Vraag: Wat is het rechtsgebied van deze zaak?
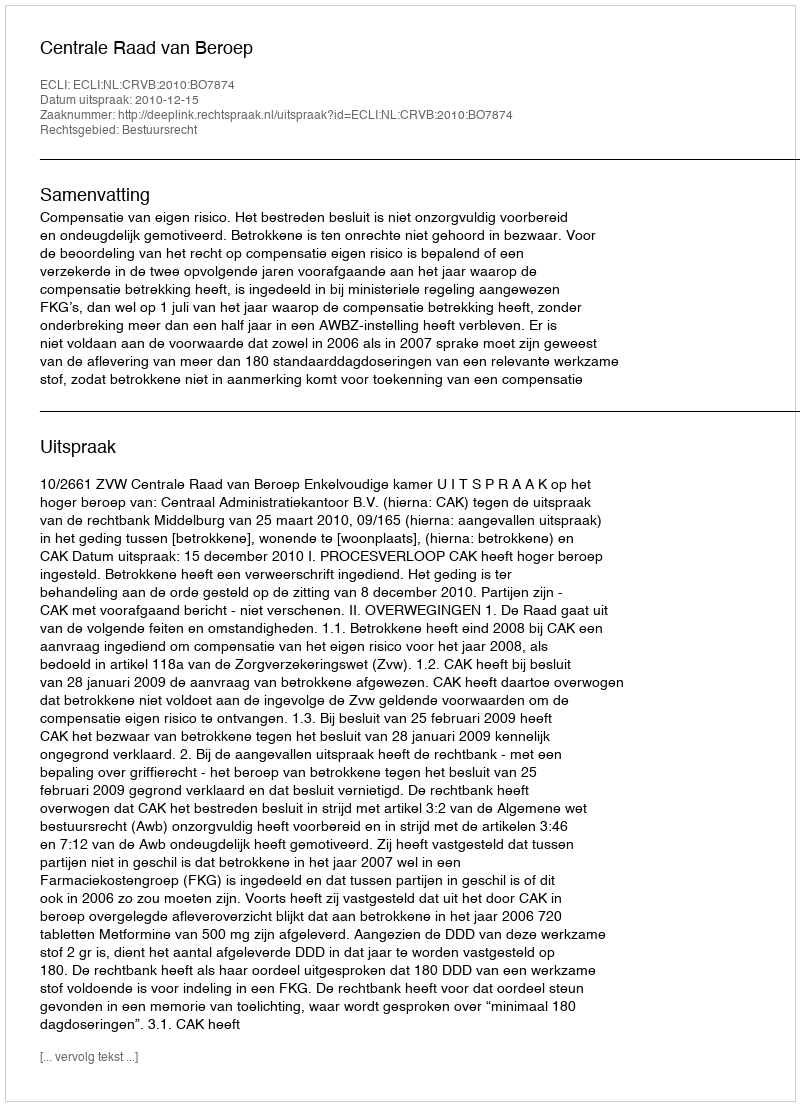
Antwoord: Bestuursrecht